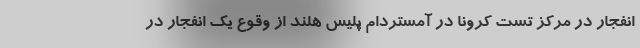
انفجار در مرکز تست کرونا در آمستردام پلیس هلند از وقوع یک انفجار در